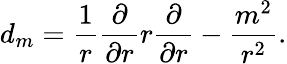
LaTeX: d_{m}={\frac{1}{r}}{\frac{\partial}{\partial r}}r{\frac{\partial}{\partial r}}-{\frac{m^{2}}{r^{2}}}.